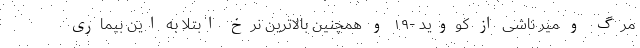
مرگ و میر ناشی از کووید -۱۹ و همچنین بالاترین نرخ ابتلا به این بیماری